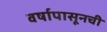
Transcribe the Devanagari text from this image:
वर्षापासूनची